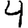
Digit: 4